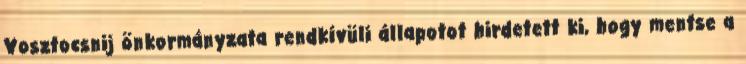
Vosztocsnij önkormányzata rendkívüli állapotot hirdetett ki, hogy mentse a